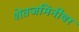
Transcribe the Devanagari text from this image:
शेतजमिनींवर